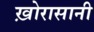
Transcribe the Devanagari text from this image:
ख़ोरासानी